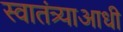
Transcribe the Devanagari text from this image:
स्वातंत्र्याआधी